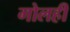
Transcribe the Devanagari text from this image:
गोलही